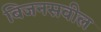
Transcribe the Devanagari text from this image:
बिजनसवील